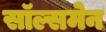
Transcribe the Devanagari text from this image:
सॉल्समेन